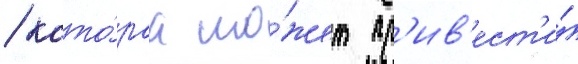
/ кото́раа мо́жет пр'ив'ест'и́